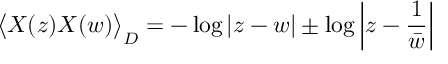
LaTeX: \big \langle X ( z ) X ( w ) \big \rangle _ { D } = - \log | z - w | \pm \log \left| z - \frac 1 { \bar { w } } \right|